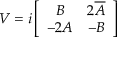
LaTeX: V = i \left[ \begin{array} { c c } { { B } } & { { 2 \overline { { { A } } } } } \\ { { - 2 A } } & { { - B } } \end{array} \right]